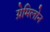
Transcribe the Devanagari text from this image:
ग्रेमिलोन